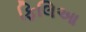
ફિલિઆ